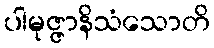
ပါမုဇ္ဇာနိသံသောတိ